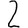
Digit: 2